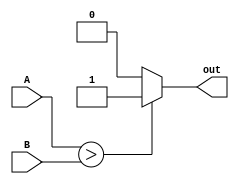
module comparator(
    input [15:0] A,
    input [15:0] B,
    output wire out
  );

  assign out = |(A > B) ? 1 : (A < B) ? 0 : 0;

endmodule